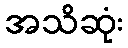
အသိဆုံး